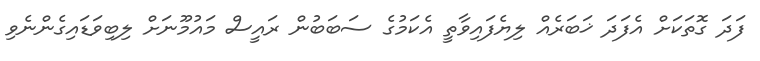
ފަދަ ގޮތަކަށް އެފަދަ ޚަބަރެއް ލިޔެފައިވާތީ އެކަމުގެ ސަބަބުން ރައީސް މައުމޫނަށް ލިބިވަޑައިގެންނެވި